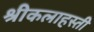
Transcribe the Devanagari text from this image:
श्रीकलाहस्ती